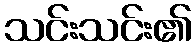
သင်းသင်း၏